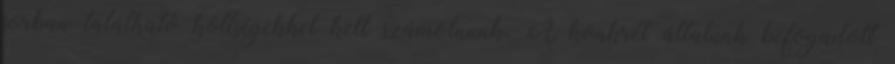
sorban található költségekkel kell számolnunk. A konkrét általunk befogadott